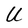
Character: U